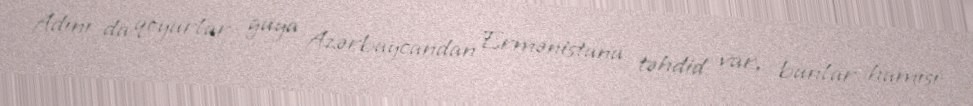
Adını da qoyurlar guya Azərbaycandan Ermənistana təhdid var, bunlar hamısı